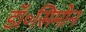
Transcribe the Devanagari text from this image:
डॉ॰सिमोन